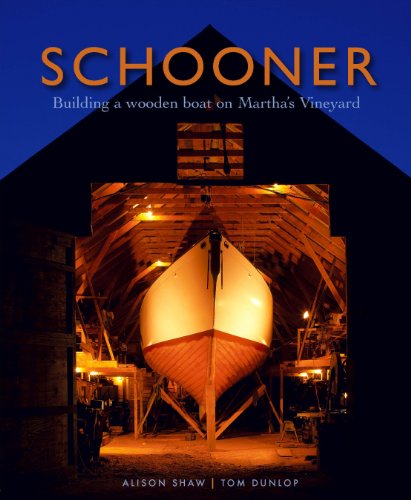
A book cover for Schooner: Building a Wooden Boat on Martha's Vineyard; Tom Dunlop; Arts & Photography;